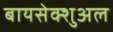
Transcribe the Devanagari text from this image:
बायसेक्शुअल